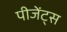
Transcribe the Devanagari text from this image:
पीजेंट्स